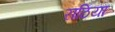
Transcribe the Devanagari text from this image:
राठिया